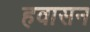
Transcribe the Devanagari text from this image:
हवासन